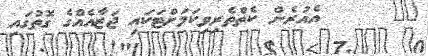
١٢      އެއުރެން ކެތްތެރިވިކަމަށްޓަކައި ޖަޒާއެއްގެ ގޮތުގައި